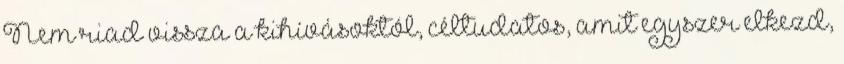
Nem riad vissza a kihívásoktól, céltudatos, amit egyszer elkezd,